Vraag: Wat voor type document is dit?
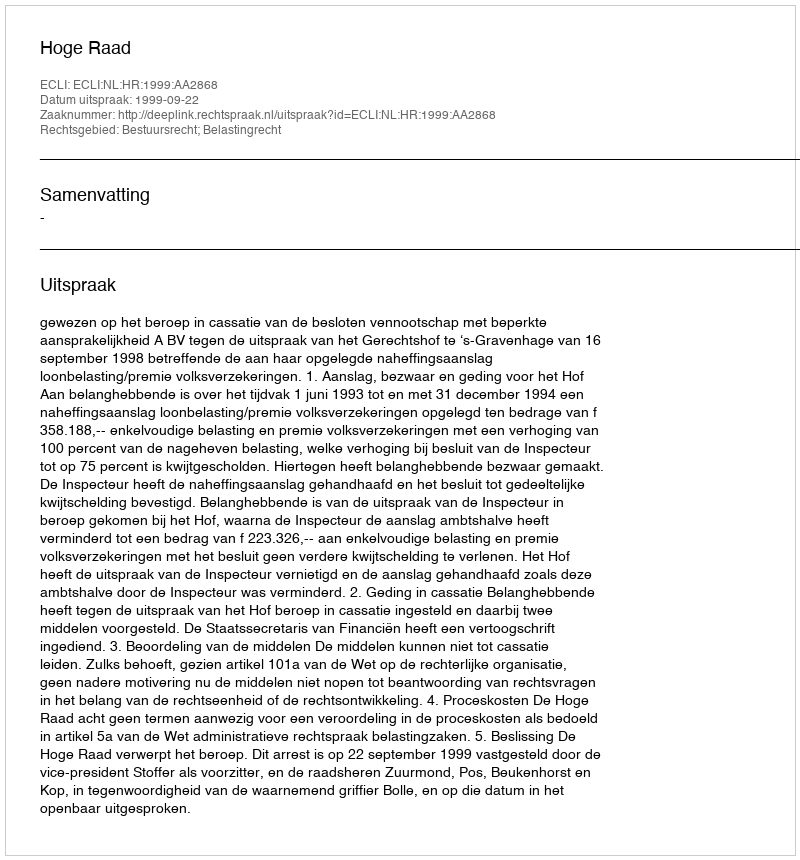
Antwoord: Uitspraak